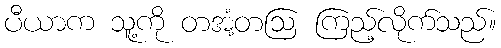
ပီယာက သူ့ကို တအံ့တဩ ကြည့်လိုက်သည်။